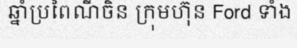
ឆ្នាំប្រពៃណីចិន ក្រុមហ៊ុន Ford ទាំង